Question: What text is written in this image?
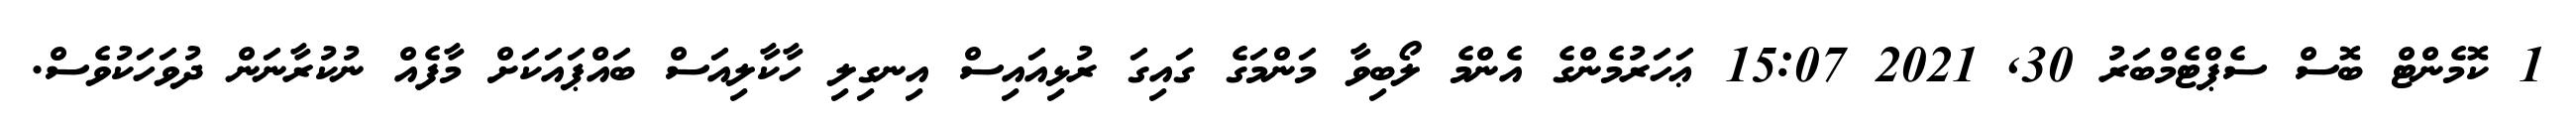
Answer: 1 ކޮމެންޓް ބޮސް ސެޕްޓެމްބަރު 30, 2021 15:07 ޢަހަރުމެންގެ އެންމެ ލޯބިވާ މަންމަގެ ގައިގަ ރުޅިއައިސް އިނގިލި ހާކާލިއަސް ބައްޕައަކަށް މާފެއް ނުކުރާނަން ދުވަހަކުވެސް.